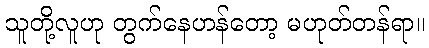
သူတို့လူဟု တွက်နေဟန်တော့ မဟုတ်တန်ရာ။